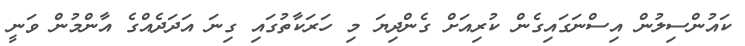
ކައުންސިލުން އިސްނަގައިގެން ކުރިއަށް ގެންދިޔަ މި ހަރަކާތުގައި ގިނަ އަދަދެއްގެ އާންމުން ވަނީ